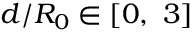
d / R _ { 0 } \in [ 0 , \ 3 ]